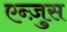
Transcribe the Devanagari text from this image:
एन्ज़ुस